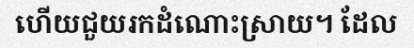
ហើយជួយរកដំណោះស្រាយ។ ដែល